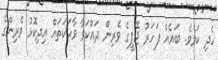
ހެދި ކަމެވެ. ބައެއް ފަހަރު ޖޭޕީގެ ވެރިން ދައްކަވާ ވާހަކަތައް އިދިކޮޅު ވެރިންގެ